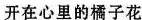
开在心里的橘子花